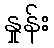
နှုန်း